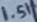
Text: 1.5K